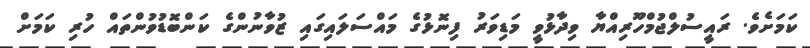
ކަމަށެވެ. ރައީސުލްޖުމްހޫރިއްޔާ ވިދާޅުވީ މަޑިވަރު ފިނޮޅުގެ މައްސަލައިގައި ޒުވާނުންގެ ކަންބޮޑުވުންތައް ހުރި ކަމަށް